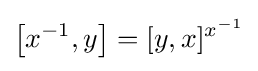
\left[x^{-1},y\right]=[y,x]^{x^{-1}}